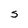
Character: S